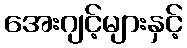
အေးဂျင့်များနှင့်